Senior Leaving Certificate Examination (including Day School Certificate (Higher) General paper), 1948
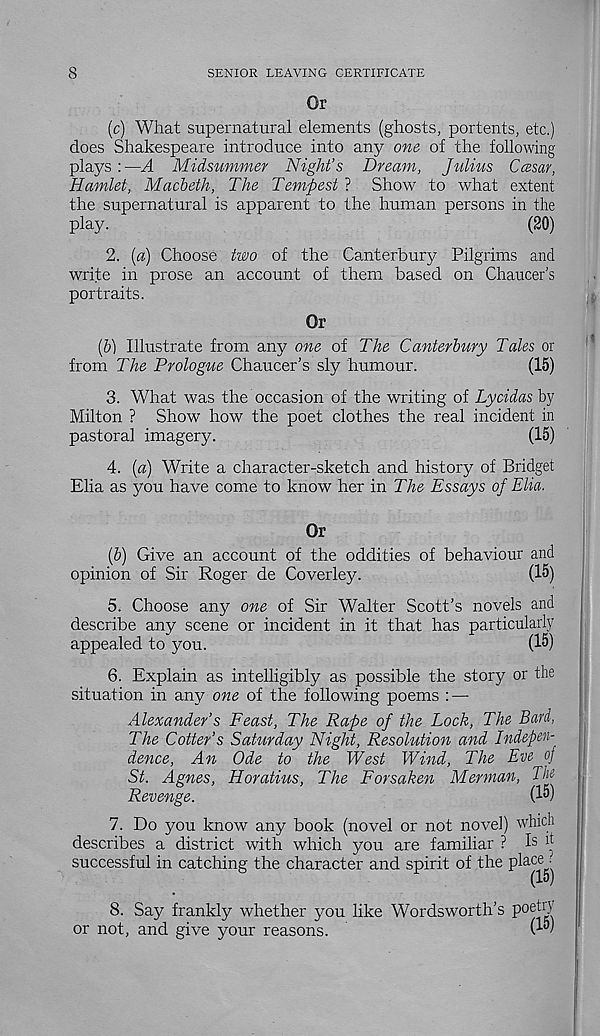
8
SENIOR LEAVING CERTIFICATE
Or
(c) What supernatural elements (ghosts, portents, etc.)
does Shakespeare introduce into any one of the following
plays :—A Midsummer Night’s Dream, Julius Ccesar,
Hamlet, Macbeth, The Tempest ? Show to what extent
the supernatural is apparent to the human persons in the
play.
(20)
2. [a) Choose two of the Canterbury Pilgrims and
write in prose an account of them based on Chaucer's
portraits.
Or
(&) Illustrate from any one of The Canterbury Tales or
from The Prologue Chaucer's sly humour.
(15)
3. What was the occasion of the writing of Lycidas by
Milton ? Show how the poet clothes the real incident in
pastoral imagery.
(15)
4. (a) Write a character-sketch and history of Bridget
Elia as you have come to know her in The Essays of Elia.
Or
(5) Give an account of the oddities of behaviour and
opinion of Sir Roger de Coverley.
(15)
5. Choose any one of Sir Walter Scott’s novels and
describe any scene or incident in it that has particularly
appealed to you.
(15)
6. Explain as intelligibly as possible the story or the
situation in any one of the following poems : —
Alexander’s Feast, The Rape of the Lock, The Bard,
The Cotter’s Saturday Night, Resolution and Indepen-
dence, An Ode to the West Wind, The Eve of
St. Agnes, Horatius, The Forsaken Merman, The
Revenge.
(15)
7. Do you know any book (novel or not novel) which
describes a district with which you are familiar ? I s h
successful in catching the character and spirit of the place ^
(15)
8. Say frankly whether you like Wordsworth’s P oe^U
or not, and give your reasons.
(15)